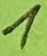
Text: 1